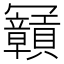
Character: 𠖫